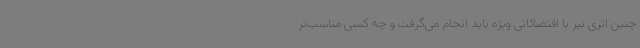
چنین اثری نیز با اقتضائاتی ویژه باید انجام می‌گرفت و چه کسی مناسب‌تر